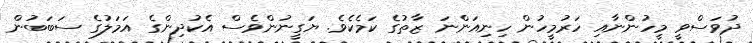
ދުވަސްވީ މީހުންނާއި ހަރުމީހުން ހިނިއަންނަ ޒާތުގެ ކަމެކެވެ. ޔަގީނުންވެސް އެކުދިންގެ އަމަލުގެ ސަބަބުން